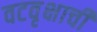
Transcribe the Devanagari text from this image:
वटवृक्षाची